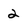
Character: 2